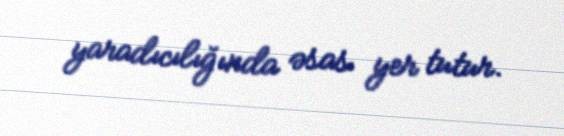
yaradıcılığında əsas yer tutur.